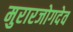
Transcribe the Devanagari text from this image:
मुरारजोगदेव